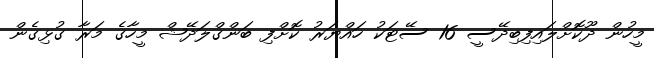
މީހުން ދޫކޮށްލައިފިބިދޭސީ 16 ސޭޓަކު ހައްޔަރު ކޮށްފި ބަންގްލަދޭޝް މީހާގެ މަރާ ގުޅިގެން